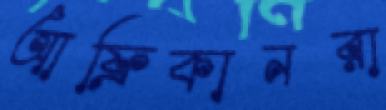
আফ্রিকানরা